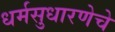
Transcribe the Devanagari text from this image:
धर्मसुधारणेचे